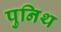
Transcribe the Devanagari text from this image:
पुनिथ